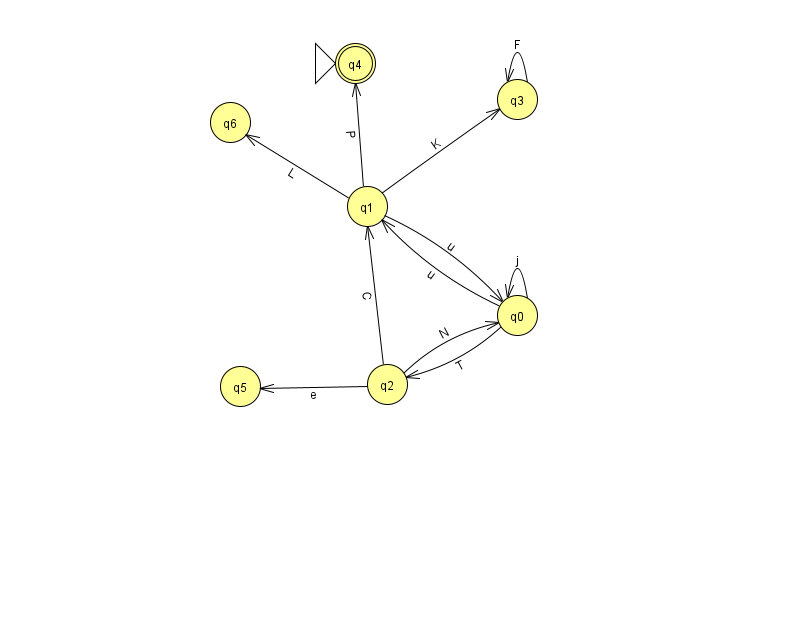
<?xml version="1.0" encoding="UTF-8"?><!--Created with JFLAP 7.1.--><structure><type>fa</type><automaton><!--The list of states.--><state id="0" name="q0"><x>517.0</x><y>302.0</y></state><state id="1" name="q1"><x>367.0</x><y>193.0</y></state><state id="2" name="q2"><x>387.0</x><y>371.0</y></state><state id="3" name="q3"><x>517.0</x><y>86.0</y></state><state id="4" name="q4"><x>355.0</x><y>50.0</y><initial/><final/></state><state id="5" name="q5"><x>240.0</x><y>373.0</y></state><state id="6" name="q6"><x>230.0</x><y>109.0</y></state><!--The list of transitions.--><transition><from>0</from><to>2</to><read>T</read></transition><transition><from>1</from><to>6</to><read>L</read></transition><transition><from>3</from><to>3</to><read>F</read></transition><transition><from>1</from><to>4</to><read>P</read></transition><transition><from>2</from><to>5</to><read>e</read></transition><transition><from>0</from><to>0</to><read>j</read></transition><transition><from>2</from><to>0</to><read>N</read></transition><transition><from>0</from><to>1</to><read>u</read></transition><transition><from>1</from><to>0</to><read>u</read></transition><transition><from>1</from><to>3</to><read>K</read></transition><transition><from>2</from><to>1</to><read>C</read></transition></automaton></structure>